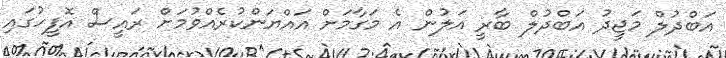
އަބްދުލް މަޖީދު އަބްދުލް ބާރީ އަލުން އެ މަގާމަށް އައްޔަންކުރެއްވުމަށް ރައީސް އޮފީހުގައި